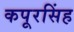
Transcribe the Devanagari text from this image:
कपूरसिंह